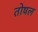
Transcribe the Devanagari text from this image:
तोषल